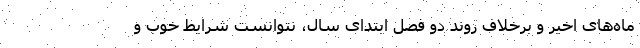
ماه‌های اخیر و برخلاف روند دو فصل ابتدای سال، نتوانست شرایط خوب و